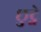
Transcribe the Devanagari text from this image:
छुट्ने